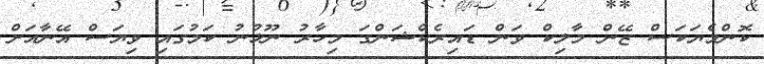
ކޮންމެޔަކަސް ޒޭން މާލިކް ވަން ޑައިރެކްޝަންގަ މިހާރު ނޫޅުނު ކަމުގައި ވިޔަސް އޭނާއަށް